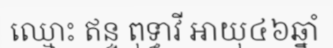
ឈ្មោះ ឥន្ទ ពុទ្ធាវី អាយុ៤៦ឆ្នាំ